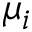
\mu _ { i }